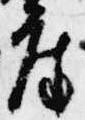
座